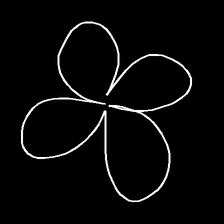
Glyph: billowing